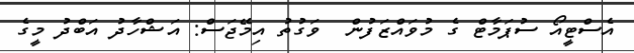
އެސްޓީއޯ ސުޕަމާޓް ގެ މުވައްޒަފުން  ވަގުތު އިމޭޖަސް: އަޝްހާދު އަބްދު މީގެ